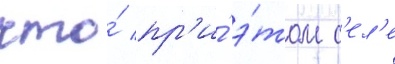
что́ пр'и́ э́том с'ел'е